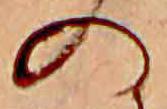
の